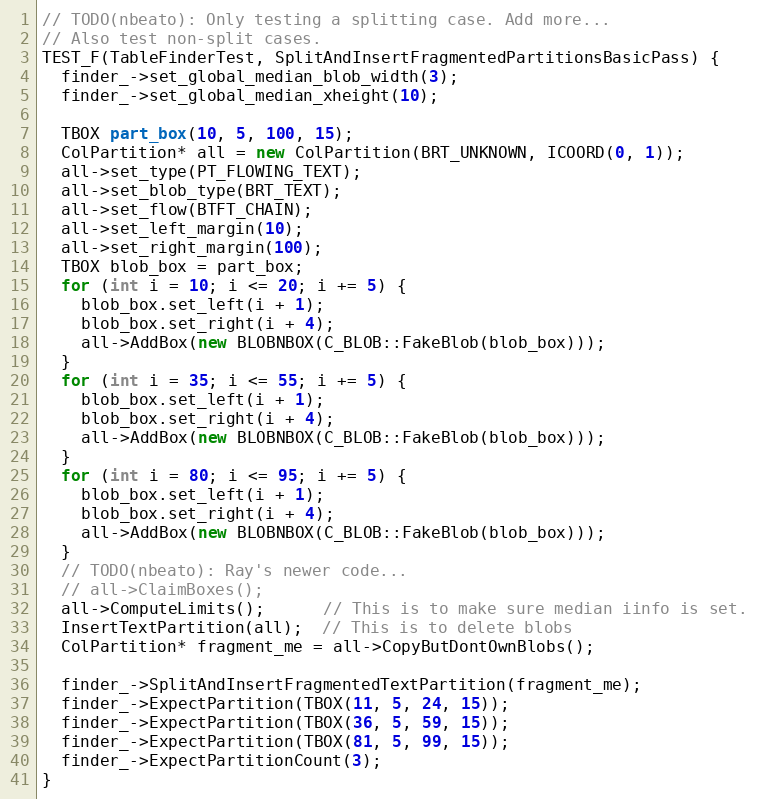
Language: C++
// TODO(nbeato): Only testing a splitting case. Add more...
// Also test non-split cases.
TEST_F(TableFinderTest, SplitAndInsertFragmentedPartitionsBasicPass) {
  finder_->set_global_median_blob_width(3);
  finder_->set_global_median_xheight(10);

  TBOX part_box(10, 5, 100, 15);
  ColPartition* all = new ColPartition(BRT_UNKNOWN, ICOORD(0, 1));
  all->set_type(PT_FLOWING_TEXT);
  all->set_blob_type(BRT_TEXT);
  all->set_flow(BTFT_CHAIN);
  all->set_left_margin(10);
  all->set_right_margin(100);
  TBOX blob_box = part_box;
  for (int i = 10; i <= 20; i += 5) {
    blob_box.set_left(i + 1);
    blob_box.set_right(i + 4);
    all->AddBox(new BLOBNBOX(C_BLOB::FakeBlob(blob_box)));
  }
  for (int i = 35; i <= 55; i += 5) {
    blob_box.set_left(i + 1);
    blob_box.set_right(i + 4);
    all->AddBox(new BLOBNBOX(C_BLOB::FakeBlob(blob_box)));
  }
  for (int i = 80; i <= 95; i += 5) {
    blob_box.set_left(i + 1);
    blob_box.set_right(i + 4);
    all->AddBox(new BLOBNBOX(C_BLOB::FakeBlob(blob_box)));
  }
  // TODO(nbeato): Ray's newer code...
  // all->ClaimBoxes();
  all->ComputeLimits();      // This is to make sure median iinfo is set.
  InsertTextPartition(all);  // This is to delete blobs
  ColPartition* fragment_me = all->CopyButDontOwnBlobs();

  finder_->SplitAndInsertFragmentedTextPartition(fragment_me);
  finder_->ExpectPartition(TBOX(11, 5, 24, 15));
  finder_->ExpectPartition(TBOX(36, 5, 59, 15));
  finder_->ExpectPartition(TBOX(81, 5, 99, 15));
  finder_->ExpectPartitionCount(3);
}